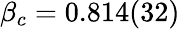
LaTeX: \beta_{c}=0.814(32)